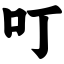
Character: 叮